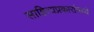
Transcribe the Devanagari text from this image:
साहित्यप्रकारांमध्ये